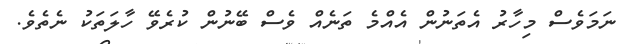
ނަމަވެސް މިހާރު އެތަނުން އެއްމެ ތަނެއް ވެސް ބޭނުން ކުރެވޭ ހާލަތަކު ނެތެވެ.